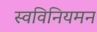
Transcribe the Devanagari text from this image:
स्वविनियमन